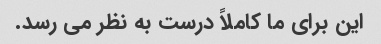
این برای ما کاملاً درست به نظر می رسد.